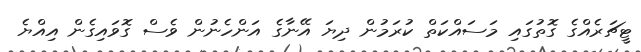
ޓީޗަރެއްގެ ގޮތުގައި މަސައްކަތް ކުރަމުން ދިޔަ އޭނާގެ އަންހެނުން ވެސް ގޮވައިގެން އިއްޔެ